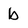
Character: b